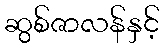
ဆွစ်ဇာလန်နှင့်